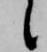
候